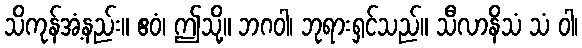
သိကုန်အံ့နည်း။ ဧဝံ၊ ဤသို့။ ဘဂဝါ၊ ဘုရားရှင်သည်။ သီလာနိသံ သံ ဝါ၊